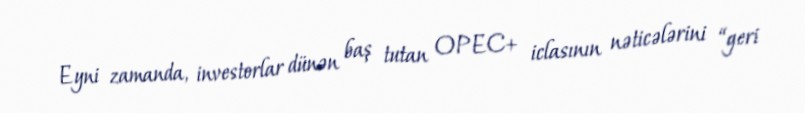
Eyni zamanda, investorlar dünən baş tutan OPEC+ iclasının nəticələrini “geri